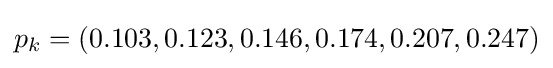
{\textstyle p_{k}=(0.103,0.123,0.146,0.174,0.207,0.247)}